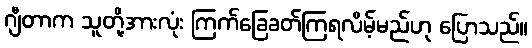
ဂျီတာက သူတို့အားလုံး ကြက်ခြေခတ်ကြရလိမ့်မည်ဟု ပြောသည်။